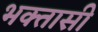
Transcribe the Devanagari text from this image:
भक्तासी